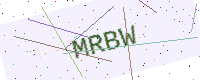
Text: MRBW